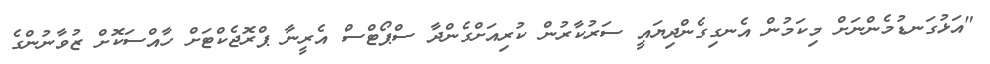
"އަޅުގަނޑުމެންނަށް މިކަމުން އެނގިގެންދިޔައީ ސަރުކާރުން ކުރިއަށްގެންދާ ސްޕޯޓްސް އެރީނާ ޕްރޮޖެކްޓަށް ހާއްސަކޮށް ޒުވާނުންގެ